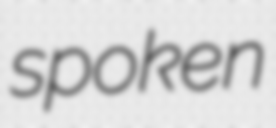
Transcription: spoken